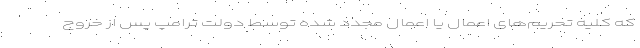
که کلیه تحریم‌های اعمال یا اعمال مجدد شده توسط دولت ترامپ پس از خروج